Lunatic asylums in Bengal annual reports 1912-1924 - 1912-1924
Year: 1912
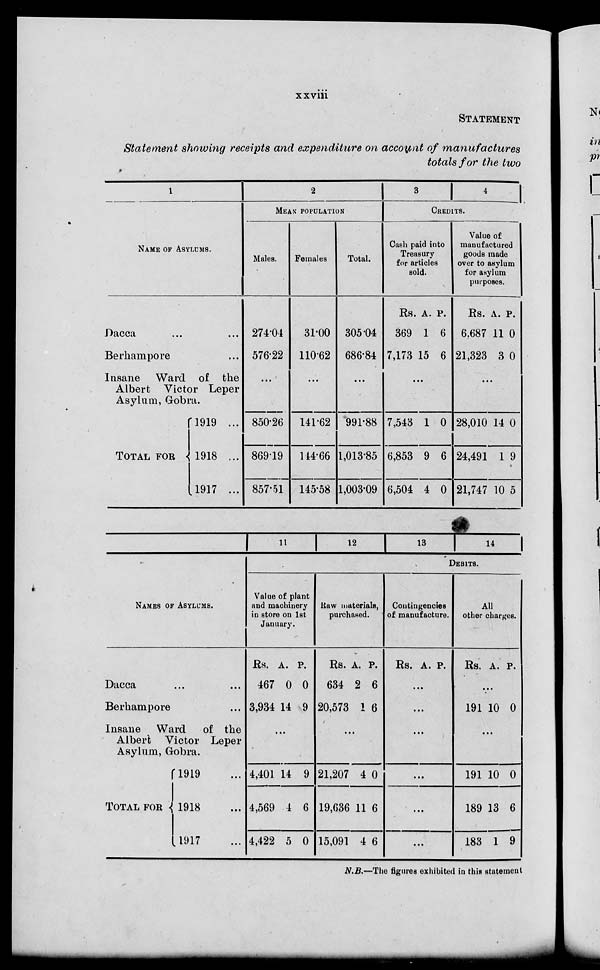
xxviii
STATEMENT
Statement showing receipts and expenditure on account of
manufactures
totals for the two
NAME OF ASYLUMS.
Dacca ... ...
Berhampore ...
Insane Ward of the
Albert Victor Leper
Asylum, Gobra.
TOTAL FOR
1919 ...
1918 ...
1917 ...
2
MEAN POPULATION
Males.
274.04
576.22
...
850.26
869.19
857.51
Females
31.00
110.62
...
141.62
144.66
145.58
Total.
305.04
686.84
...
991.88
1,013.85
1,003.09
3
4
CREDITS.
Cash paid into
Treasury
for articles
sold.
Rs.
369
7,173
A.
1
15
P.
6
6
...
7,543
6,853
6,504
1
9
4
0
6
0
Value of
manufactured
goods made
over to asylum
for asylum
purposes.
Rs.
6.687
21,323
A.
11
3
P.
0
0
...
28,010
24,491
21,747
14
1
10
0
9
5
NAMES OF ASYLUMS.
Dacca
...
...
Berhampore ...
Insane Ward
of the
Albert Victor Leper
Asylum, Gobra.
TOTAL FOR
1919 ...
1918 ...
l917 ...
11
12
13
14
DEBITS.
Value of plant
and machinery
in store on 1st
January.
Rs.
467
3,934
A.
0
14
P.
0
9
...
4,401
4,569
4,422
14
4
5
9
6
0
Raw materials,
purchased.
Rs.
634
20,573
A.
2
1
P.
6
6
...
21,207
19,636
15,091
4
11
4
0
6
6
Contingencies
of manufacture.
Rs. A. P.
...
...
...
...
...
...
All
other charges.
Rs. A. P.
...
191 10 0
...
191
189
183
10
13
1
0
6
9
N.B.—The figures exhibited in this statement